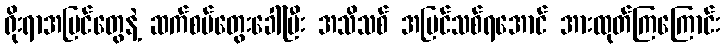
ရိုးရာအမြင်တွေနဲ့ ဆက်စပ်တွေးခေါ်ပြီး အသိသစ် အမြင်သစ်ရအောင် အားထုတ်ကြကြောင်း